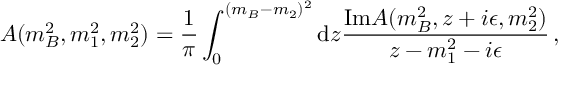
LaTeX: A ( m _ { B } ^ { 2 } , m _ { 1 } ^ { 2 } , m _ { 2 } ^ { 2 } ) = { \frac { 1 } { \pi } } \int _ { 0 } ^ { ( m _ { B } - m _ { 2 } ) ^ { 2 } } { \mathrm d } z { \frac { \mathrm { I m } A ( m _ { B } ^ { 2 } , z + i \epsilon , m _ { 2 } ^ { 2 } ) } { z - m _ { 1 } ^ { 2 } - i \epsilon } } \, ,